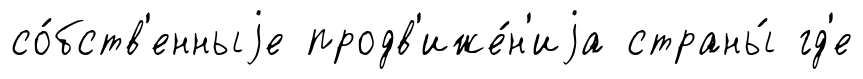
со́бств'енныjе продв'иже́н'иjа страны́ гд'е